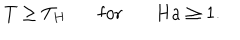
LaTeX: T \geq T _ { H } \ \ \ \mathrm { f o r } \ \ \ H a \geq 1 .